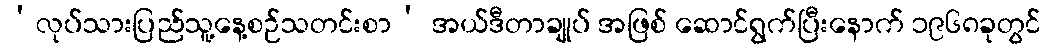
‘လုပ်သားပြည်သူ့နေ့စဉ်သတင်းစာ’ အယ်ဒီတာချုပ် အဖြစ် ဆောင်ရွက်ပြီးနောက် ၁၉၆၈ခုတွင်